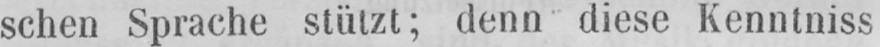
schen Sprache stützt; denn diese Kenntniss